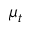
\mu _ { t }